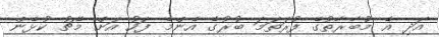
އަދި އެ މުބާރާތުގެ ފުރަތަމަ ބުރުގެ އެންމެ ފަހު އަށް މެޗު ކުޅެން